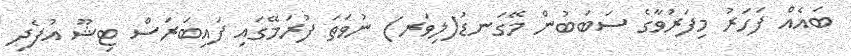
ބައެއް ފަހަރު މިފަރުވާގެ ސަބަބުން މޭގަނޑު(ލިވަރ) ނުވަތަ ފުރަމޭގައި ފައިބަރަސް ޓިޝޫ އުފެދި